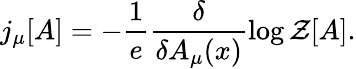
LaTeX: j_{\mu}[A]=-\frac{1}{e}\frac{\delta}{\delta A_{\mu}(x)}\log{\cal{Z}}[A].